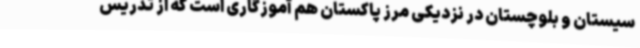
سیستان و بلوچستان در نزدیکی مرز پاکستان هم آموزگاری است که از تدریس